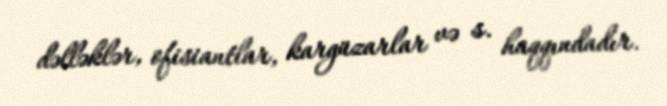
dəlləklər, ofisiantlar, kargüzarlar və s. haqqındadır.